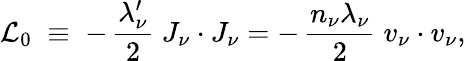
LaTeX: {\cal L}_{0}\; \equiv\; -\, \frac{\lambda_{\nu}^{\prime}}{2}\; J_{\nu}\cdot J_{\nu}=-\, \frac{n_{\nu}\lambda_{\nu}}{2}\; v_{\nu}\cdot v_{\nu},